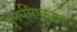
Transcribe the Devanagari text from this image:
पुनर्परिष्करण